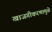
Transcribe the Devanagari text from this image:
खाजगीकरणामुळे